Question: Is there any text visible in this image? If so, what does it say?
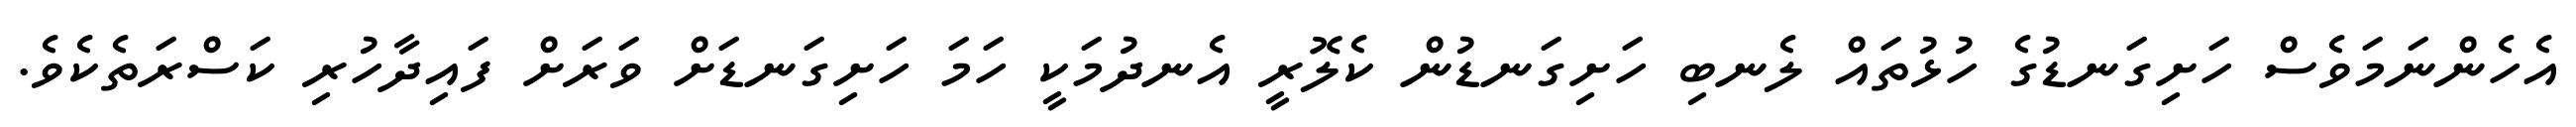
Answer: އެހެންނަމަވެސް ހަށިގަނޑުގެ ހުޅުތައް ލެނބި ހަށިގަނޑުން ކެލޮރީ އެނދުމަކީ ހަމަ ހަށިގަނޑަށް ވަރަށް ފައިދާހުރި ކަސްރަތެކެވެ.